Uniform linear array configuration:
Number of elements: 12
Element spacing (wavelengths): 0.5
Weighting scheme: binomial
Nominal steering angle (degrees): -60
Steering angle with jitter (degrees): -61.222
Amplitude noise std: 0.05
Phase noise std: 0.05

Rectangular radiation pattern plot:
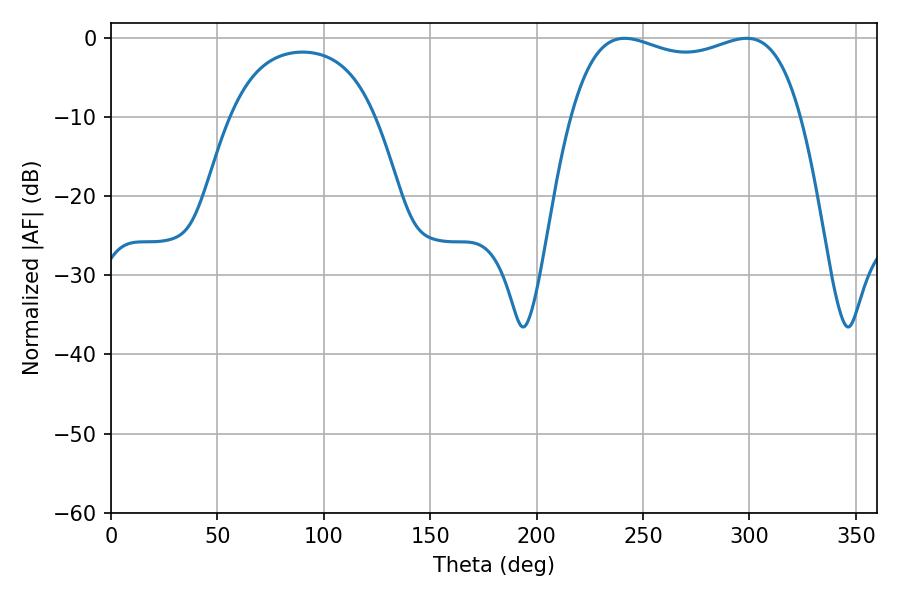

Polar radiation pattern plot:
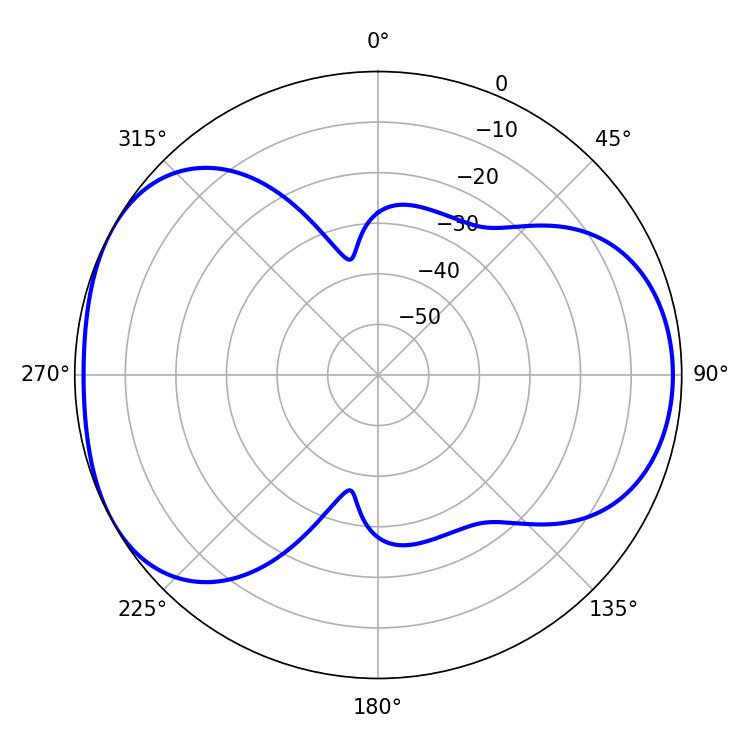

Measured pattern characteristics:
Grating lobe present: FALSE
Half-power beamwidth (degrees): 88.2
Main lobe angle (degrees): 241.38